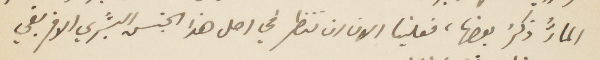
المارّ ذكرُ بعضها، فعلينا الان ان ننظر في أهل هذا الجنس البشري الافريقي